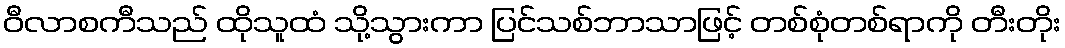
ဝီလာစကီသည် ထိုသူထံ သို့သွားကာ ပြင်သစ်ဘာသာဖြင့် တစ်စုံတစ်ရာကို တီးတိုး